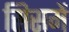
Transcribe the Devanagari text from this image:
सिसमें